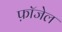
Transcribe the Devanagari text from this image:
फ़ॉजेल